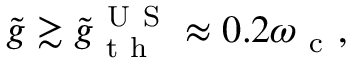
\tilde { g } \gtrsim \tilde { g } _ { \mathrm { ~ t ~ h ~ } } ^ { \mathrm { ~ U ~ S ~ } } \approx 0 . 2 \omega _ { \mathrm { ~ c ~ } } ,